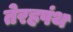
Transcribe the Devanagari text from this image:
तेरहपंथ